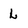
Character: L